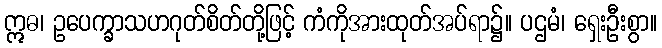
ဣဓ၊ ဥပေက္ခာသဟဂုတ်စိတ်တို့ဖြင့် ကံကိုအားထုတ်အပ်ရာ၌။ ပဌမံ၊ ရှေးဦးစွာ။